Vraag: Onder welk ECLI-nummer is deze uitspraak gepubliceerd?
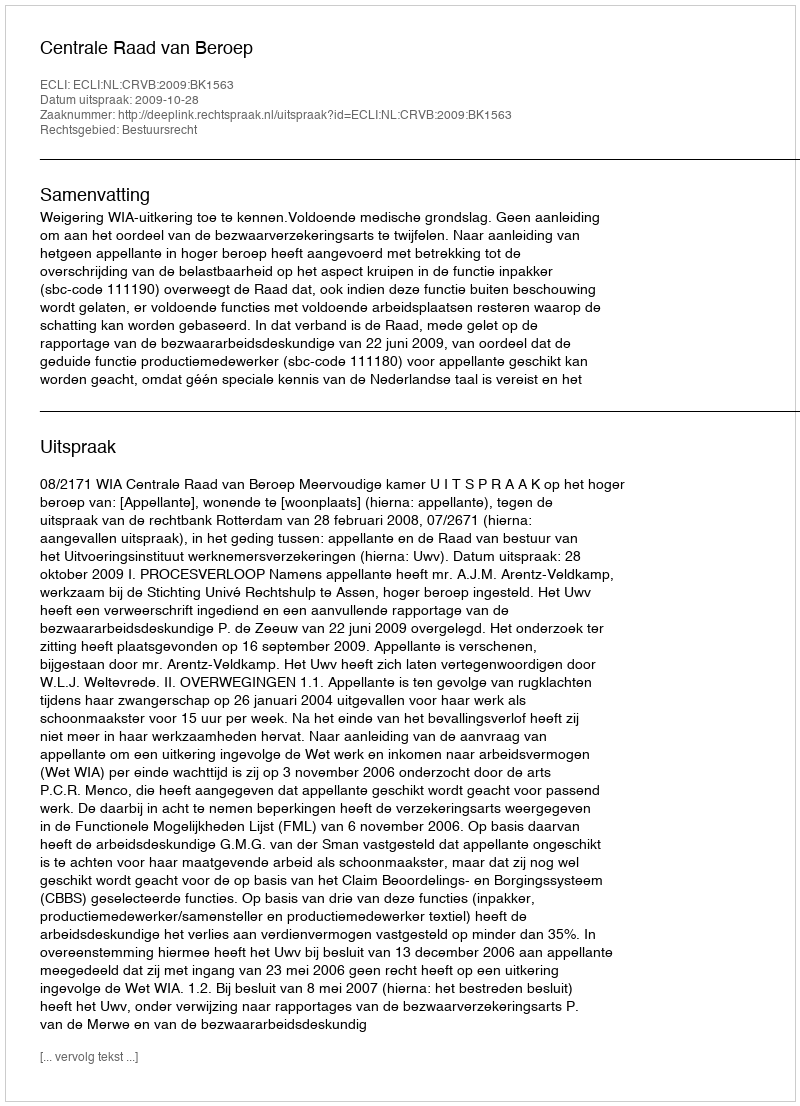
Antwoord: ECLI:NL:CRVB:2009:BK1563